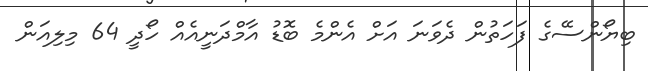
ބިޔޯންސޭގެ ފަހަތުން ދެވަނަ އަށް އެންމެ ބޮޑު އާމްދަނީއެއް ހޯދީ 64 މިލިއަން